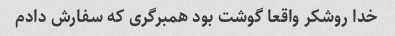
خدا روشکر واقعا گوشت بود همبرگری که سفارش دادم